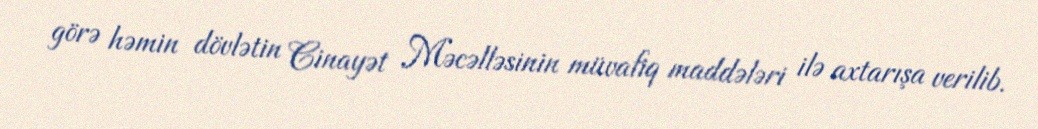
görə həmin dövlətin Cinayət Məcəlləsinin müvafiq maddələri ilə axtarışa verilib.